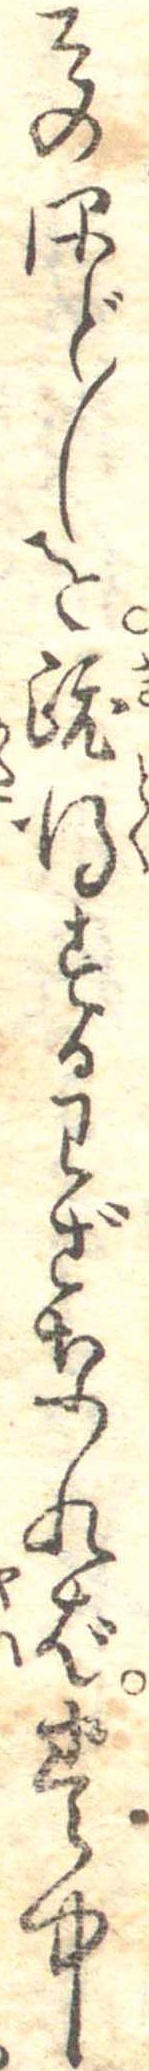
そのほど〱を既得するわざなれば巻中